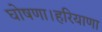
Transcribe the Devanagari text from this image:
घोषणा।हरियाणा